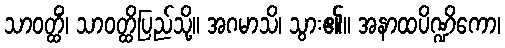
သာဝတ္ထိံ၊ သာဝတ္ထိပြည်သို့။ အဂမာသိ၊ သွား၏။ အနာထပိဏ္ဍိကော၊